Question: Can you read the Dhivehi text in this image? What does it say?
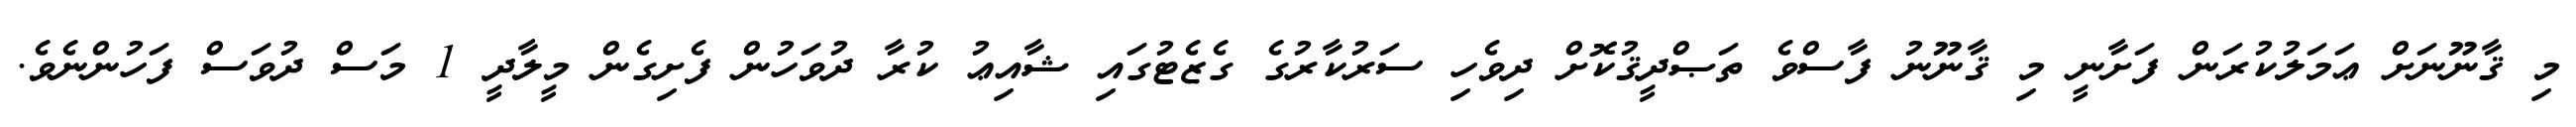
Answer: މި ޤާނޫނަށް ޢަމަލުކުރަން ފަށާނީ މި ޤާނޫނު ފާސްވެ ތަޞްދީޤުކޮށް ދިވެހި ސަރުކާރުގެ ގެޒެޓުގައި ޝާއިޢު ކުރާ ދުވަހުން ފެށިގެން މީލާދީ 1 މަސް ދުވަސް ފަހުންނެވެ.